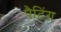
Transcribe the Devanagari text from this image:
पैटिंग